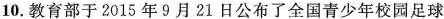
10.教育部于2015年9月21日公布了全国青少年校园足球